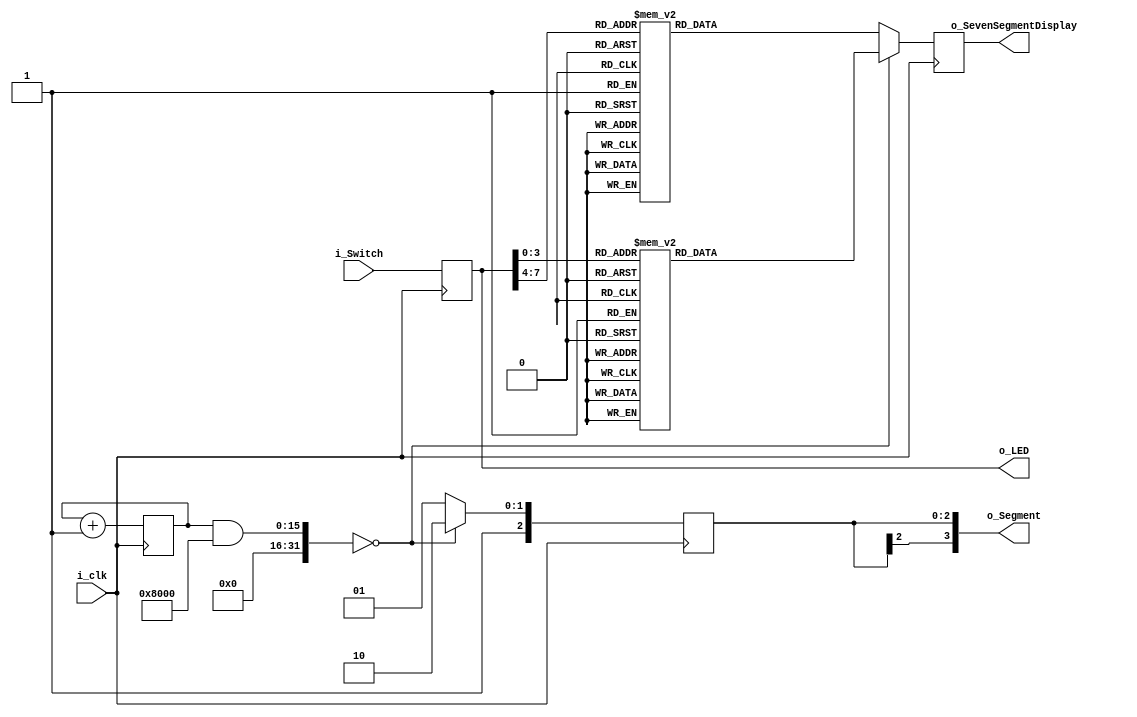
`timescale 1ns / 1ps
//////////////////////////////////////////////////////////////////////////////////
// Company: 
// Engineer: 
// 
// Design Name: 
// Module Name:    Main 
// Project Name: 	 Example3
// Target Devices: 
// Tool versions: 
// Description: 	Simple project for testing and having experients in
//							creating some system for FPGA
//
// Dependencies: 
//
// Revision: 
// Revision 0.01 - File Created
// Additional Comments: 
//
//////////////////////////////////////////////////////////////////////////////////
module Main(
	input i_clk,
	input[7:0] i_Switch,
	output[7:0] o_LED,
	output[3:0] o_Segment,
	output[7:0] o_SevenSegmentDisplay
    );
	 
	reg[7:0] r_Switch = 'b0;
	reg[3:0] r_Segment = 'b1110;
	reg[7:0] r_SevenSegmentDisplay = 7'b0110000;
	reg[15:0] r_Delay = 'b0;
	
	function[7:0] getNumber;
		input [3:0] i_State;
		begin
			case (i_State)
				4'b0000	:	getNumber = 8'b11000000;
				4'b0001	:	getNumber = 8'b11111001;
				4'b0010	:	getNumber = 8'b10100100;
				4'b0011	:	getNumber = 8'b10110000;
				4'b0100	:	getNumber = 8'b10011001;
				4'b0101	:	getNumber = 8'b10010010;
				4'b0110	:	getNumber = 8'b10000010;
				4'b0111	:	getNumber = 8'b11111000;
				
				4'b1000	:	getNumber = 8'b10000000;
				4'b1001	:	getNumber = 8'b10010000;
				4'b1010	:	getNumber = 8'b10001000;
				4'b1011	:	getNumber = 8'b10000011;
				4'b1100	:	getNumber = 8'b11000110;
				4'b1101	:	getNumber = 8'b10100001;
				4'b1110	:	getNumber = 8'b10000110;
				4'b1111	:	getNumber = 8'b10001110;
			endcase
		end
	endfunction
	
	// This block show LOW BYTE in Seven Segment Dispalay if counter_State == 0 else 
	//		it show HIGH BYTE
	always @(posedge i_clk)
		begin
			if ((r_Delay & 16'b1000000000000000) == 'b0)
				begin
					r_Segment = 4'b1110;
					
					r_SevenSegmentDisplay = getNumber(r_Switch);
				end
			else 
				begin
					r_Switch = r_Switch >> 4;
					r_Segment = 4'b1101;
					
					r_SevenSegmentDisplay = getNumber(r_Switch);
				end
				
			r_Switch = i_Switch;
			r_Delay = r_Delay + 1'b1;
		end
		
	 
	//Just show turn Up switchs in array of leds
	assign o_LED = r_Switch;
	assign o_Segment = r_Segment;
	assign o_SevenSegmentDisplay = r_SevenSegmentDisplay;

endmodule